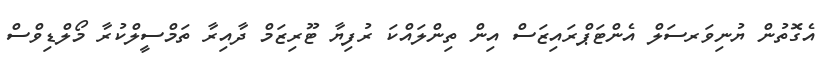
އެގޮތުން ޔުނިވަރސަލް އެންޓަޕްރައިޒަސް އިން ތިންލައްކަ ރުފިޔާ ޓޫރިޒަމް ދާއިރާ ތަމްސީލްކުރާ މޯލްޑިވްސް